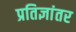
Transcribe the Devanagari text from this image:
प्रतिज्ञांतर